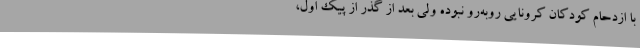
با ازدحام کودکان کرونایی روبه‌رو نبوده ولی بعد از گذر از پیک اول،